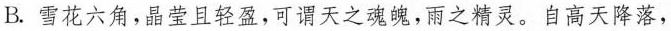
B.雪花六角，晶莹且轻盈，可谓天之魂魄，雨之精灵。自高天降落，